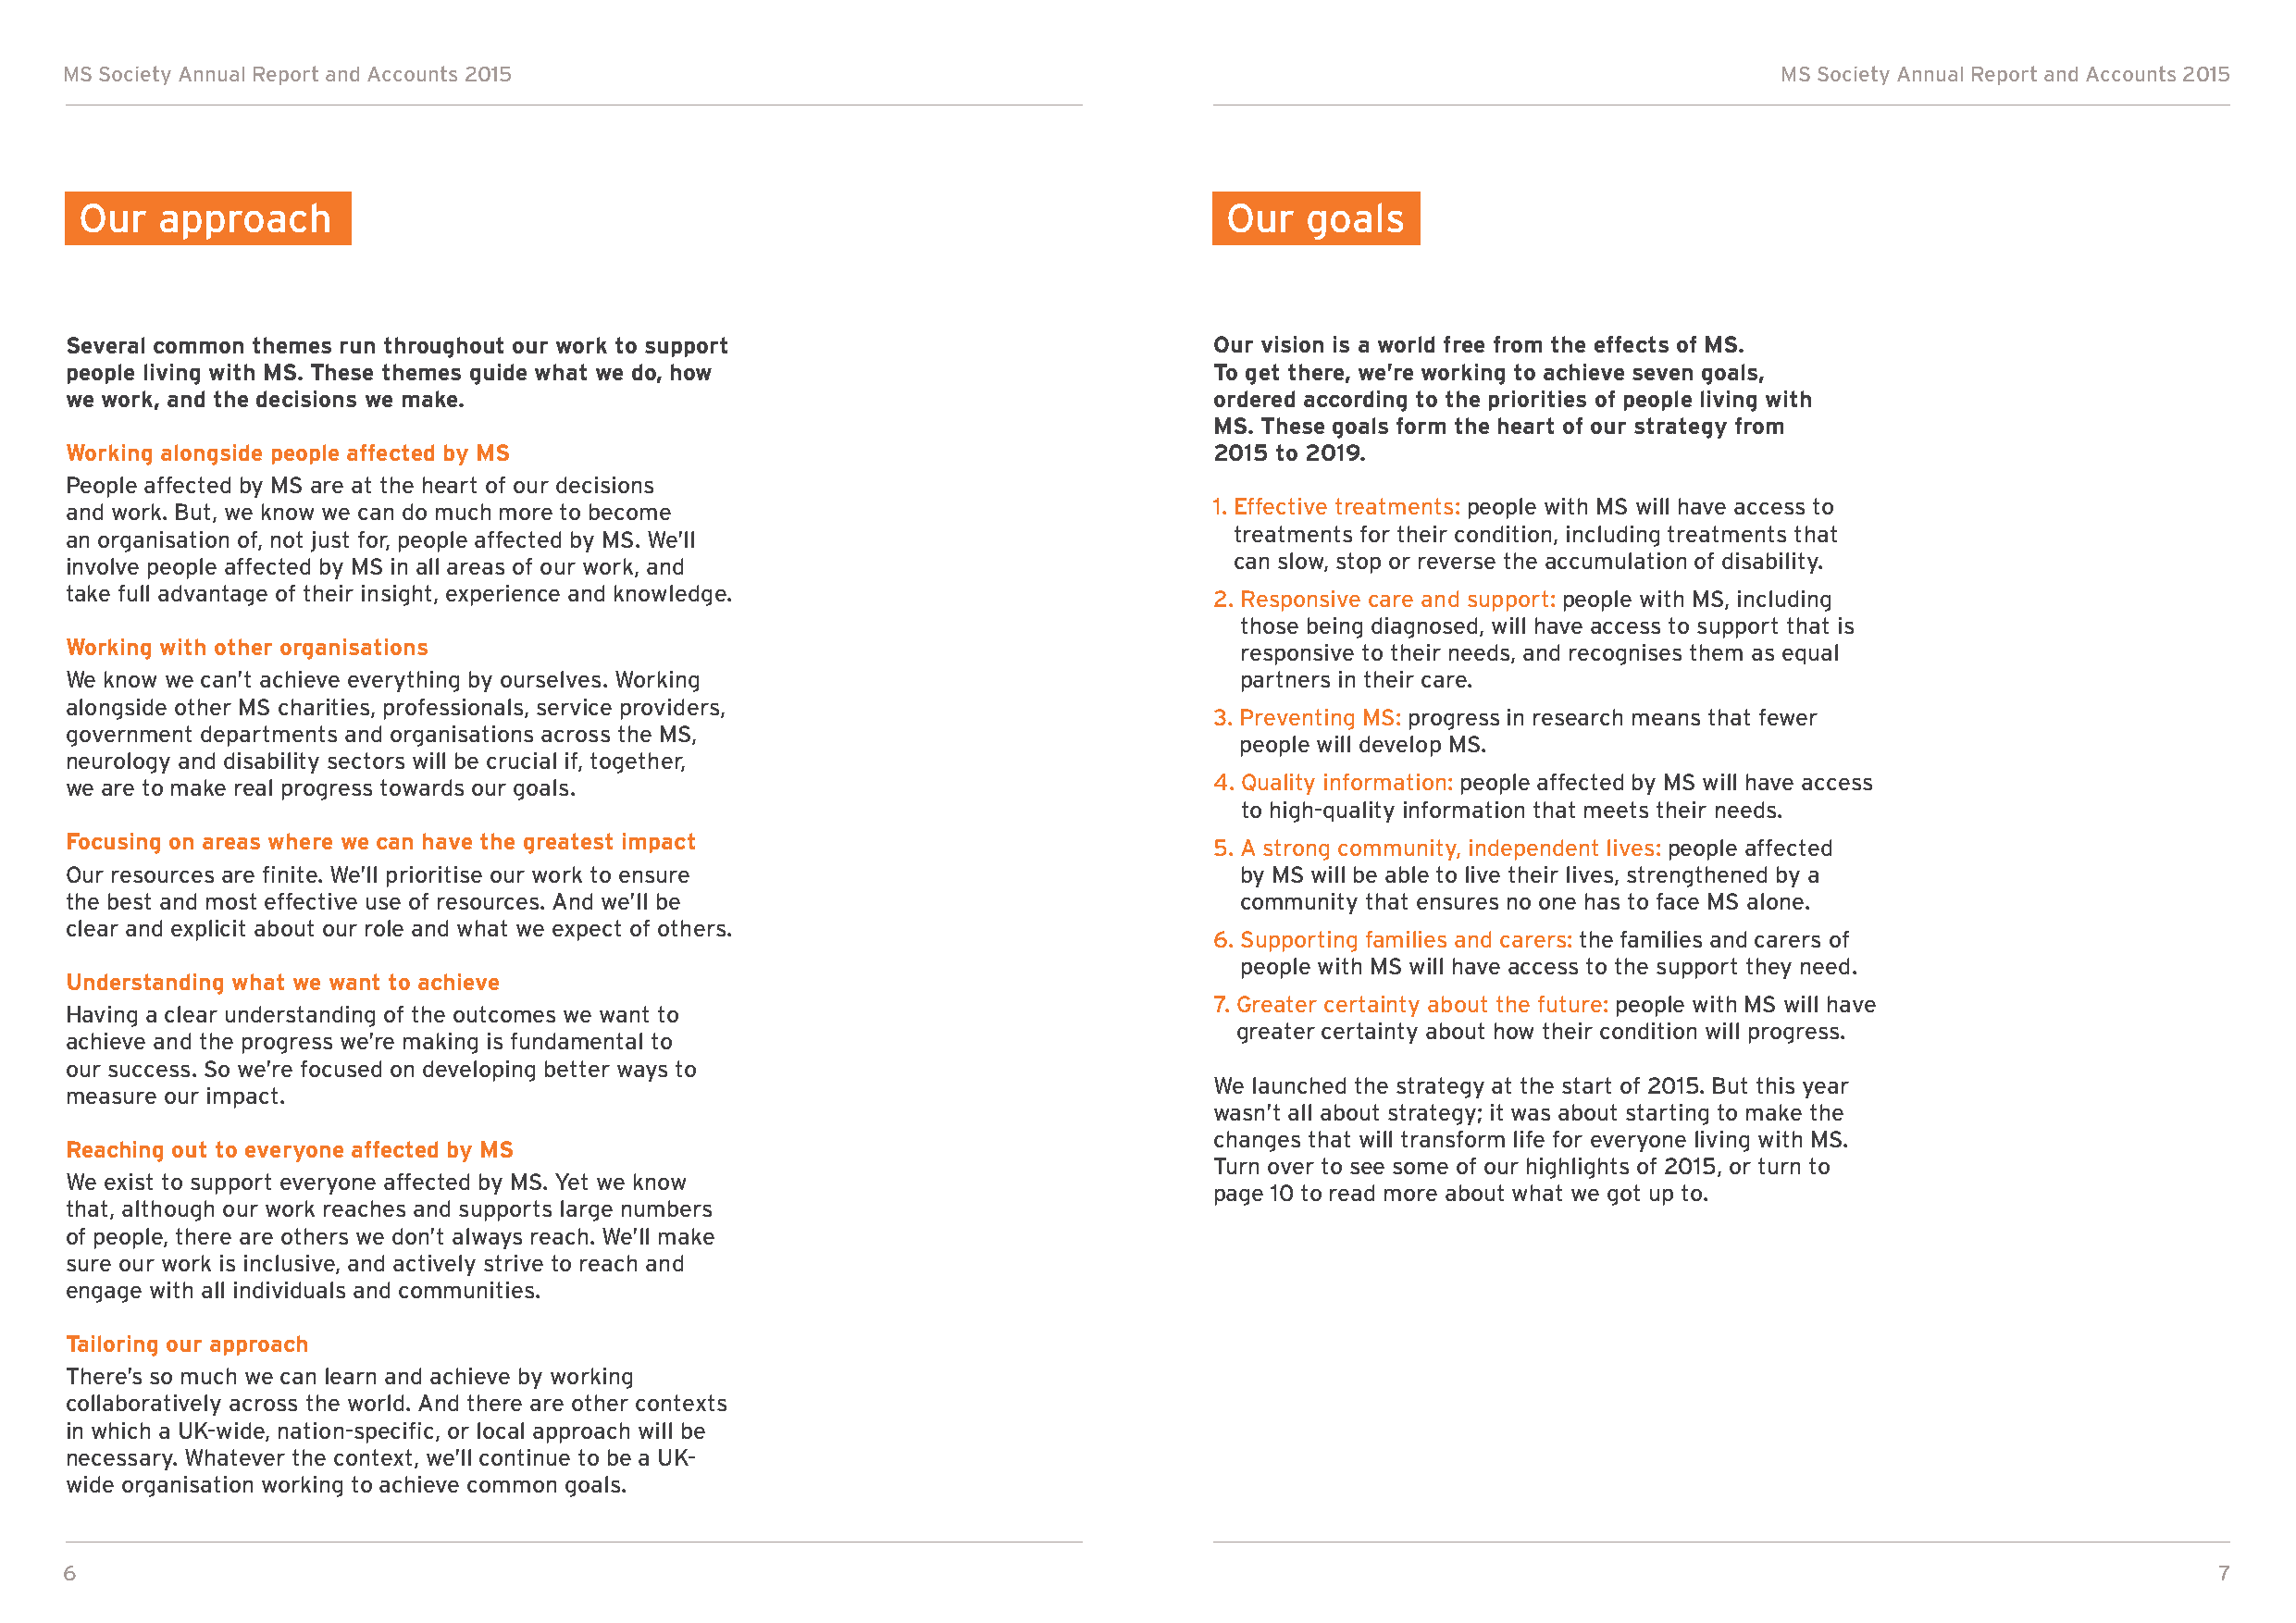
MS Society Annual Report and Accounts 2015                                                                                MS Society Annual Report and Accounts 2015
 Our  approach                                                                     Our  goals
 Several common themes run throughout our work to support                          Our vision is a world free from the effects of MS.
 people living with MS. These themes guide what we do, how                         To get there, we’re working to achieve seven goals,
 we work, and the decisions we make.                                               ordered according to the priorities of people living with
 MS. These goals form the heart of our strategy from
 Working alongside people affected by MS                                           2015 to 2019.
 People affected by MS are at the heart of our decisions
 and work. But, we know we can do much more to become                              1. Effective treatments: people with MS will have access to
 an organisation of, not just for, people affected by MS. We’ll                     treatments for their condition, including treatments that
 involve people affected by MS in all areas of our work, and                        can slow, stop or reverse the accumulation of disability.
 take full advantage of their insight, experience and knowledge.                   2. Responsive care and support: people with MS, including
 those being diagnosed, will have access to support that is
 Working with other organisations                                                    responsive to their needs, and recognises them as equal
 We know we can’t achieve everything by ourselves. Working                           partners in their care.
 alongside other MS charities, professionals, service providers,
 3. Preventing MS: progress in research means that fewer
 government departments and organisations across the MS,
 people will develop MS.
 neurology and disability sectors will be crucial if, together,
 we are to make real progress towards our goals.                                   4. Q uality information: people affected by MS will have access
 to high-quality information that meets their needs.
 Focusing on areas where we can have the greatest impact                           5. A strong community, independent lives: people affected
 Our resources are finite. We’ll prioritise our work to ensure                       by MS will be able to live their lives, strengthened by a
 the best and most effective use of resources. And we’ll be                          community that ensures no one has to face MS alone.
 clear and explicit about our role and what we expect of others.
 6. Supporting families and carers: the families and carers of
 people with MS will have access to the support they need.
 Understanding what we want to achieve
 7. Greater certainty about the future: people with MS will have
 Having a clear understanding of the outcomes we want to
 greater certainty about how their condition will progress.
 achieve and the progress we’re making is fundamental to
 our success. So we’re focused on developing better ways to
 We launched the strategy at the start of 2015. But this year
 measure our impact.
 wasn’t all about strategy; it was about starting to make the
 changes that will transform life for everyone living with MS.
 Reaching out to everyone affected by MS
 Turn over to see some of our highlights of 2015, or turn to
 We exist to support everyone affected by MS. Yet we know
 page 10 to read more about what we got up to.
 that, although our work reaches and supports large numbers
 of people, there are others we don’t always reach. We’ll make
 sure our work is inclusive, and actively strive to reach and
 engage with all individuals and communities.
 Tailoring our approach
 There’s so much we can learn and achieve by working
 collaboratively across the world. And there are other contexts
 in which a UK-wide, nation-specific, or local approach will be
 necessary. Whatever the context, we’ll continue to be a UK-
 wide organisation working to achieve common goals.
 6                                                                                                                                                         7